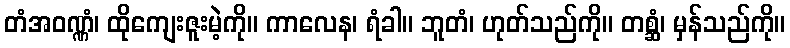
တံအဝဏ္ဏံ၊ ထိုကျေးဇူးမဲ့ကို။ ကာလေန၊ ရံခါ။ ဘူတံ၊ ဟုတ်သည်ကို။ တစ္ဆံ၊ မှန်သည်ကို။